Indian journal of veterinary science and animal husbandry - Volumes 22-23, 1952-1953
Year: 1952
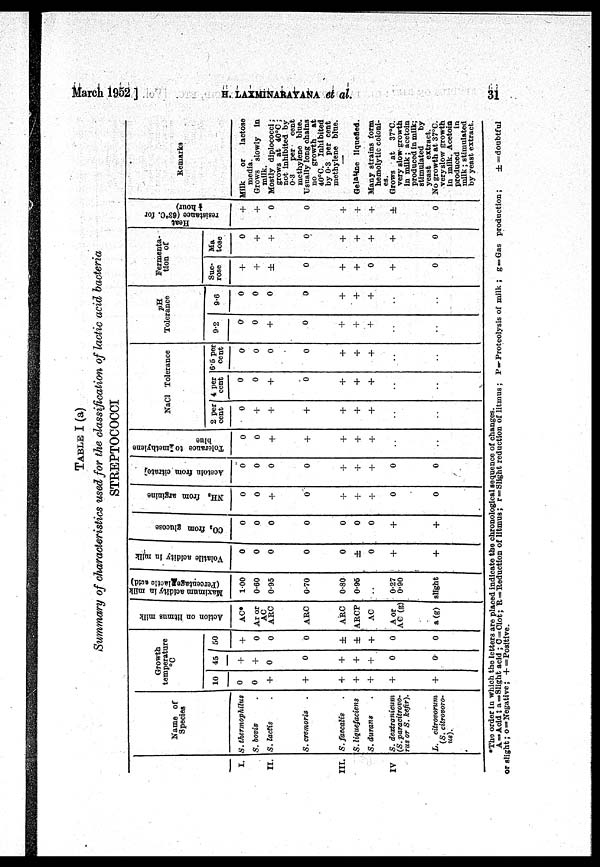
March
1952]
H.
LAXMINARAYANA
et
al.
31
TABLE I (a)
Summary of characteristics used for the classification of lactic acid bacteria
STREPTOCOCCI
I.
II.
III.
IV
Name of
Species
S. thermophilus
S. bovis
S. lactis
S. cremoris
S. faecalis .
S. liquefaciens
S. durans .
S. dextranicum
(S. paracitrovo-
rus or S. kefir).
L.
citrovorum
(S. citrovoro-
us).
Growth
temperature
°C
10
0
0
+
+
+
+
+
+
+
45
+
+
0
0
+
+
+
0
0
50
+
0
0
0
±
±
+
0
0
Action on litmus milk
AC*
Ar or
AC
ARC
ARC
ARC
ARCP
AC
A or
AC (g)
a (g)
Maximum acidity in milk
(Percentage lactic acid)
1.00
0.60
0.95
0.70
0.80
0.95
..
0.27
0.90
slight
Volatile acidity in milk
0
0
0
0
0
±
0
+
+
CO
2
from glucose
0
0
0
0
0
0
0
+
+
NH
3
from arginine
0
0
+
0
+
+
+
0
0
Acetoin from citrate
0
0
0
0
+
+
+
0
0
Tolerance to methylene
blue
0
0
+
+
+
+
+
. .
. .
NaCl Tolerance
2 per
cent
0
+
+
+
+
+
+
. .
. .
4 per
cent
0
0
+
0
+
+
+
. .
. .
6.5 per
cent
0
0
0
0
+
+
+
. .
. .
pH
Tolerance
9.2
0
0
+
0
+
+
+
. .
. .
9.6
0
0
0
0
+
+
+
. .
. .
Fermenta-
tion of
Suc-
rose
+
+
±
0
+
+
0
+
0
Ma
tose
0
+
+
0
+
+
+
+
0
Heat
resistance ( 63°C. for
½ hour )
+
+
0
0
+
+
+
+
0
Remarks
Milk or lactose
media.
Grows slowly in
milk.
Mostly diplococci;
grows at 40°C ;
not inhibited by
0.3
per
cent
methylene blue.
Usually long chains
no growth
at
40°C. Inhibited
by 0.3 per cent
methylene blue.
Gelatine liquefied.
Many strains form
hemolytic coloni-
es.
Grows at 37°C.
very slow-growth
in milk; acetoin
produced in milk;
stimulated
by
yeast extract.
No growth at 37°C.
very slow growth
in milk. Acetoin
produced
in
milk; stimulated
by yeast extract.
*The order in which the letters are placed indicate the chronological sequence of changes.
A=»Acid; a =Slight acid ; C = Clot; R=Reduction of litmus; r = Slight reduction of litmus; P—Proteolysis of milk ; g = Gas production;
±=doubtful
or slight; o=Negative; + = Positive.